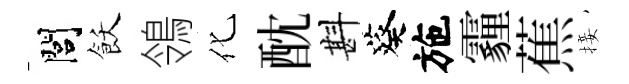
閭飫鴒化酖斟葵施霾蕉接